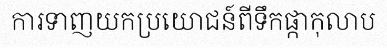
ការទាញយកប្រយោជន៍ពីទឹកផ្កាកុលាប